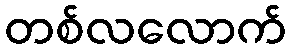
တစ်လလောက်